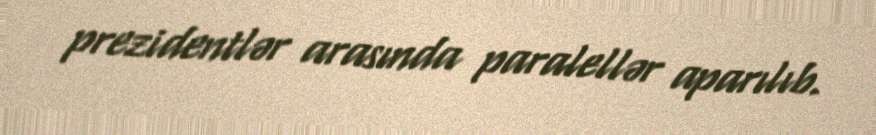
prezidentlər arasında paralellər aparılıb.